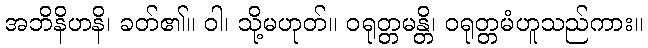
အဘိနိဟနိ၊ ခတ်၏။ ဝါ၊ သို့မဟုတ်။ ဝရုတ္တမန္တိ၊ ဝရုတ္တမံဟူသည်ကား။